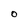
Character: O